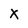
Character: X